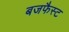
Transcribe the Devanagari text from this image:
बजफैस्ट